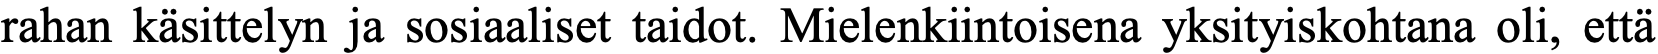
rahan käsittelyn ja sosiaaliset taidot. Mielenkiintoisena yksityiskohtana oli, että